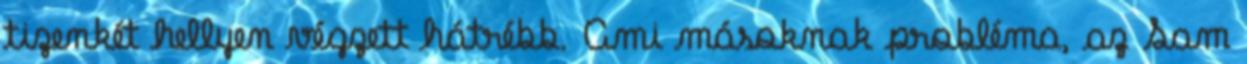
tizenkét hellyen végzett hátrébb. Ami másoknak probléma, az Sam